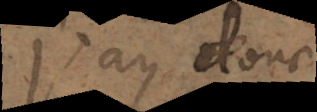
J’ay donc